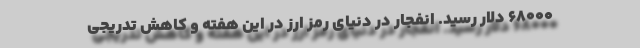
۶۸۰۰۰ دلار رسید. انفجار در دنیای رمز ارز در این هفته و کاهش تدریجی